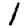
Digit: 1